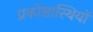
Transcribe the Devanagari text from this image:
प्रकोष्ठास्थियों